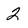
Character: 2